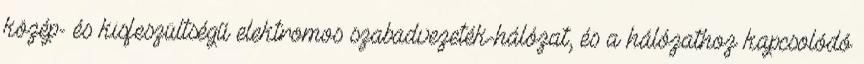
közép- és kisfeszültségű elektromos szabadvezeték-hálózat, és a hálózathoz kapcsolódó